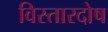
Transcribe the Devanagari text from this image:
विस्तारदोष